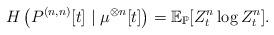
LaTeX: \begin{align*} H\left(P^{(n,n)}[t]\mid \mu^{\otimes n}[t]\right)=\mathbb{E}_\mathbb{P}[Z_t^n\log Z_t^n].\end{align*}